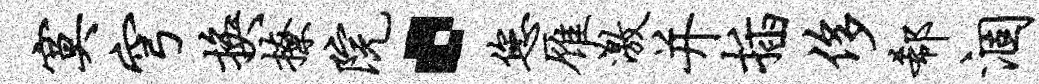
寞穹换撩院·您雁激并插侈欷涸